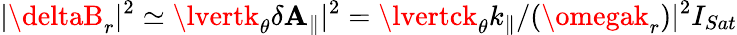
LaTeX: \lvert\deltaB_{r}\rvert^{2}\simeq\lvertk_{\theta}\delta\mathbf{A}_{\parallel}\rvert^{2}=\lvertck_{\theta}k_{\parallel}/(\omegak_{r})\rvert^{2}I_{Sat}